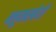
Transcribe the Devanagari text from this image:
ब्लूमस्बेरी